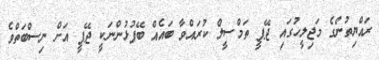
ރައްޔިތުންގެ މަޖިލީހުގައި ޖޭޕީ ތަމްސީލް ކުރައްވާ ބައެއް ބޭފުޅުންނަކީ ޖޭޕީ އަށް ނިސްބަތްވެ